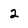
Character: 2